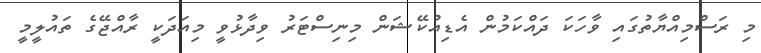
މި ރަސްމިއްޔާތުގައި ވާހަކަ ދައްކަަމުން އެޑިއުކޭޝަން މިނިސްޓަރު ވިދާޅުވީ މިއަދަކީ ރާއްޖޭގެ ތައުލީމީ